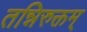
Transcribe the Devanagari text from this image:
तन्निरुक्तम्